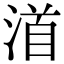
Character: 渞